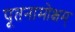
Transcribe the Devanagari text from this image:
पूतनामोक्षम्